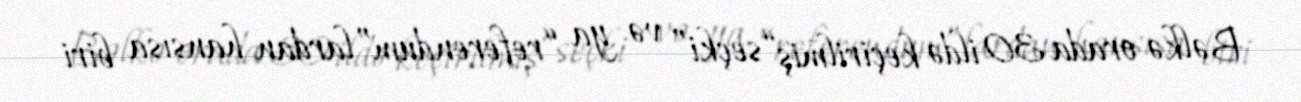
Bəlkə orada 30 ildə keçirilmiş “seçki” və ya “referendum”lardan hansısa biri